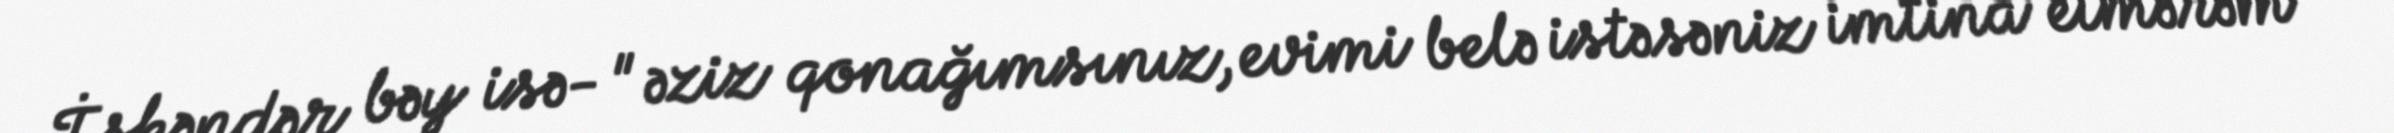
İskəndər bəy isə- " əziz qonağımsınız, evimi belə istəsəniz imtina etmərəm